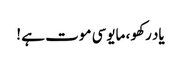
یاد رکھو ، مایوسی موت ہے ‫!